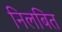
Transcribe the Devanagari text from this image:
निलबित